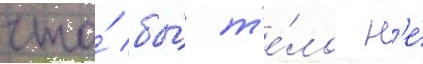
что́ бы́ т'е́ло н'е́